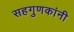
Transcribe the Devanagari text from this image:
सहगुणकांनी